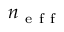
n _ { \mathrm { ~ e ~ f ~ f ~ } }